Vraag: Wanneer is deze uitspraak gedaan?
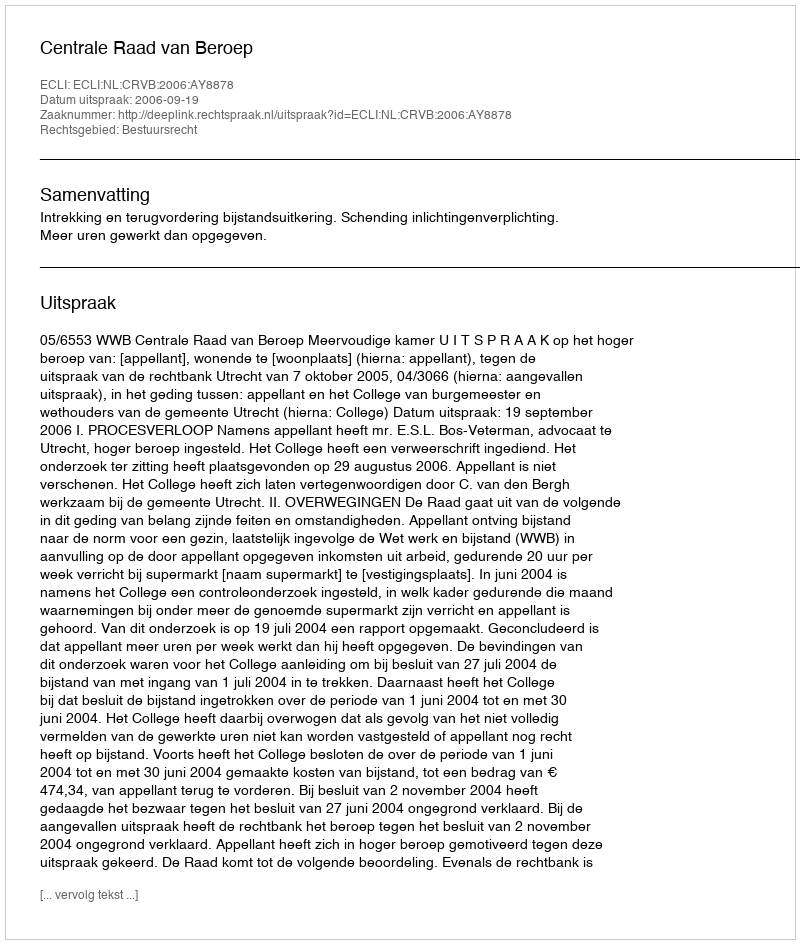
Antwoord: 2006-09-19